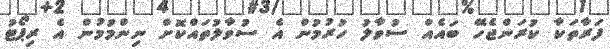
ފަރާތަކާ ކުރަންޖެހޭ ބައެއް ސުވާލު ހުރުމުން އެ ސުވާލުތައްކޮށް ނިންމުމުން އެ ރިޕޯޓު